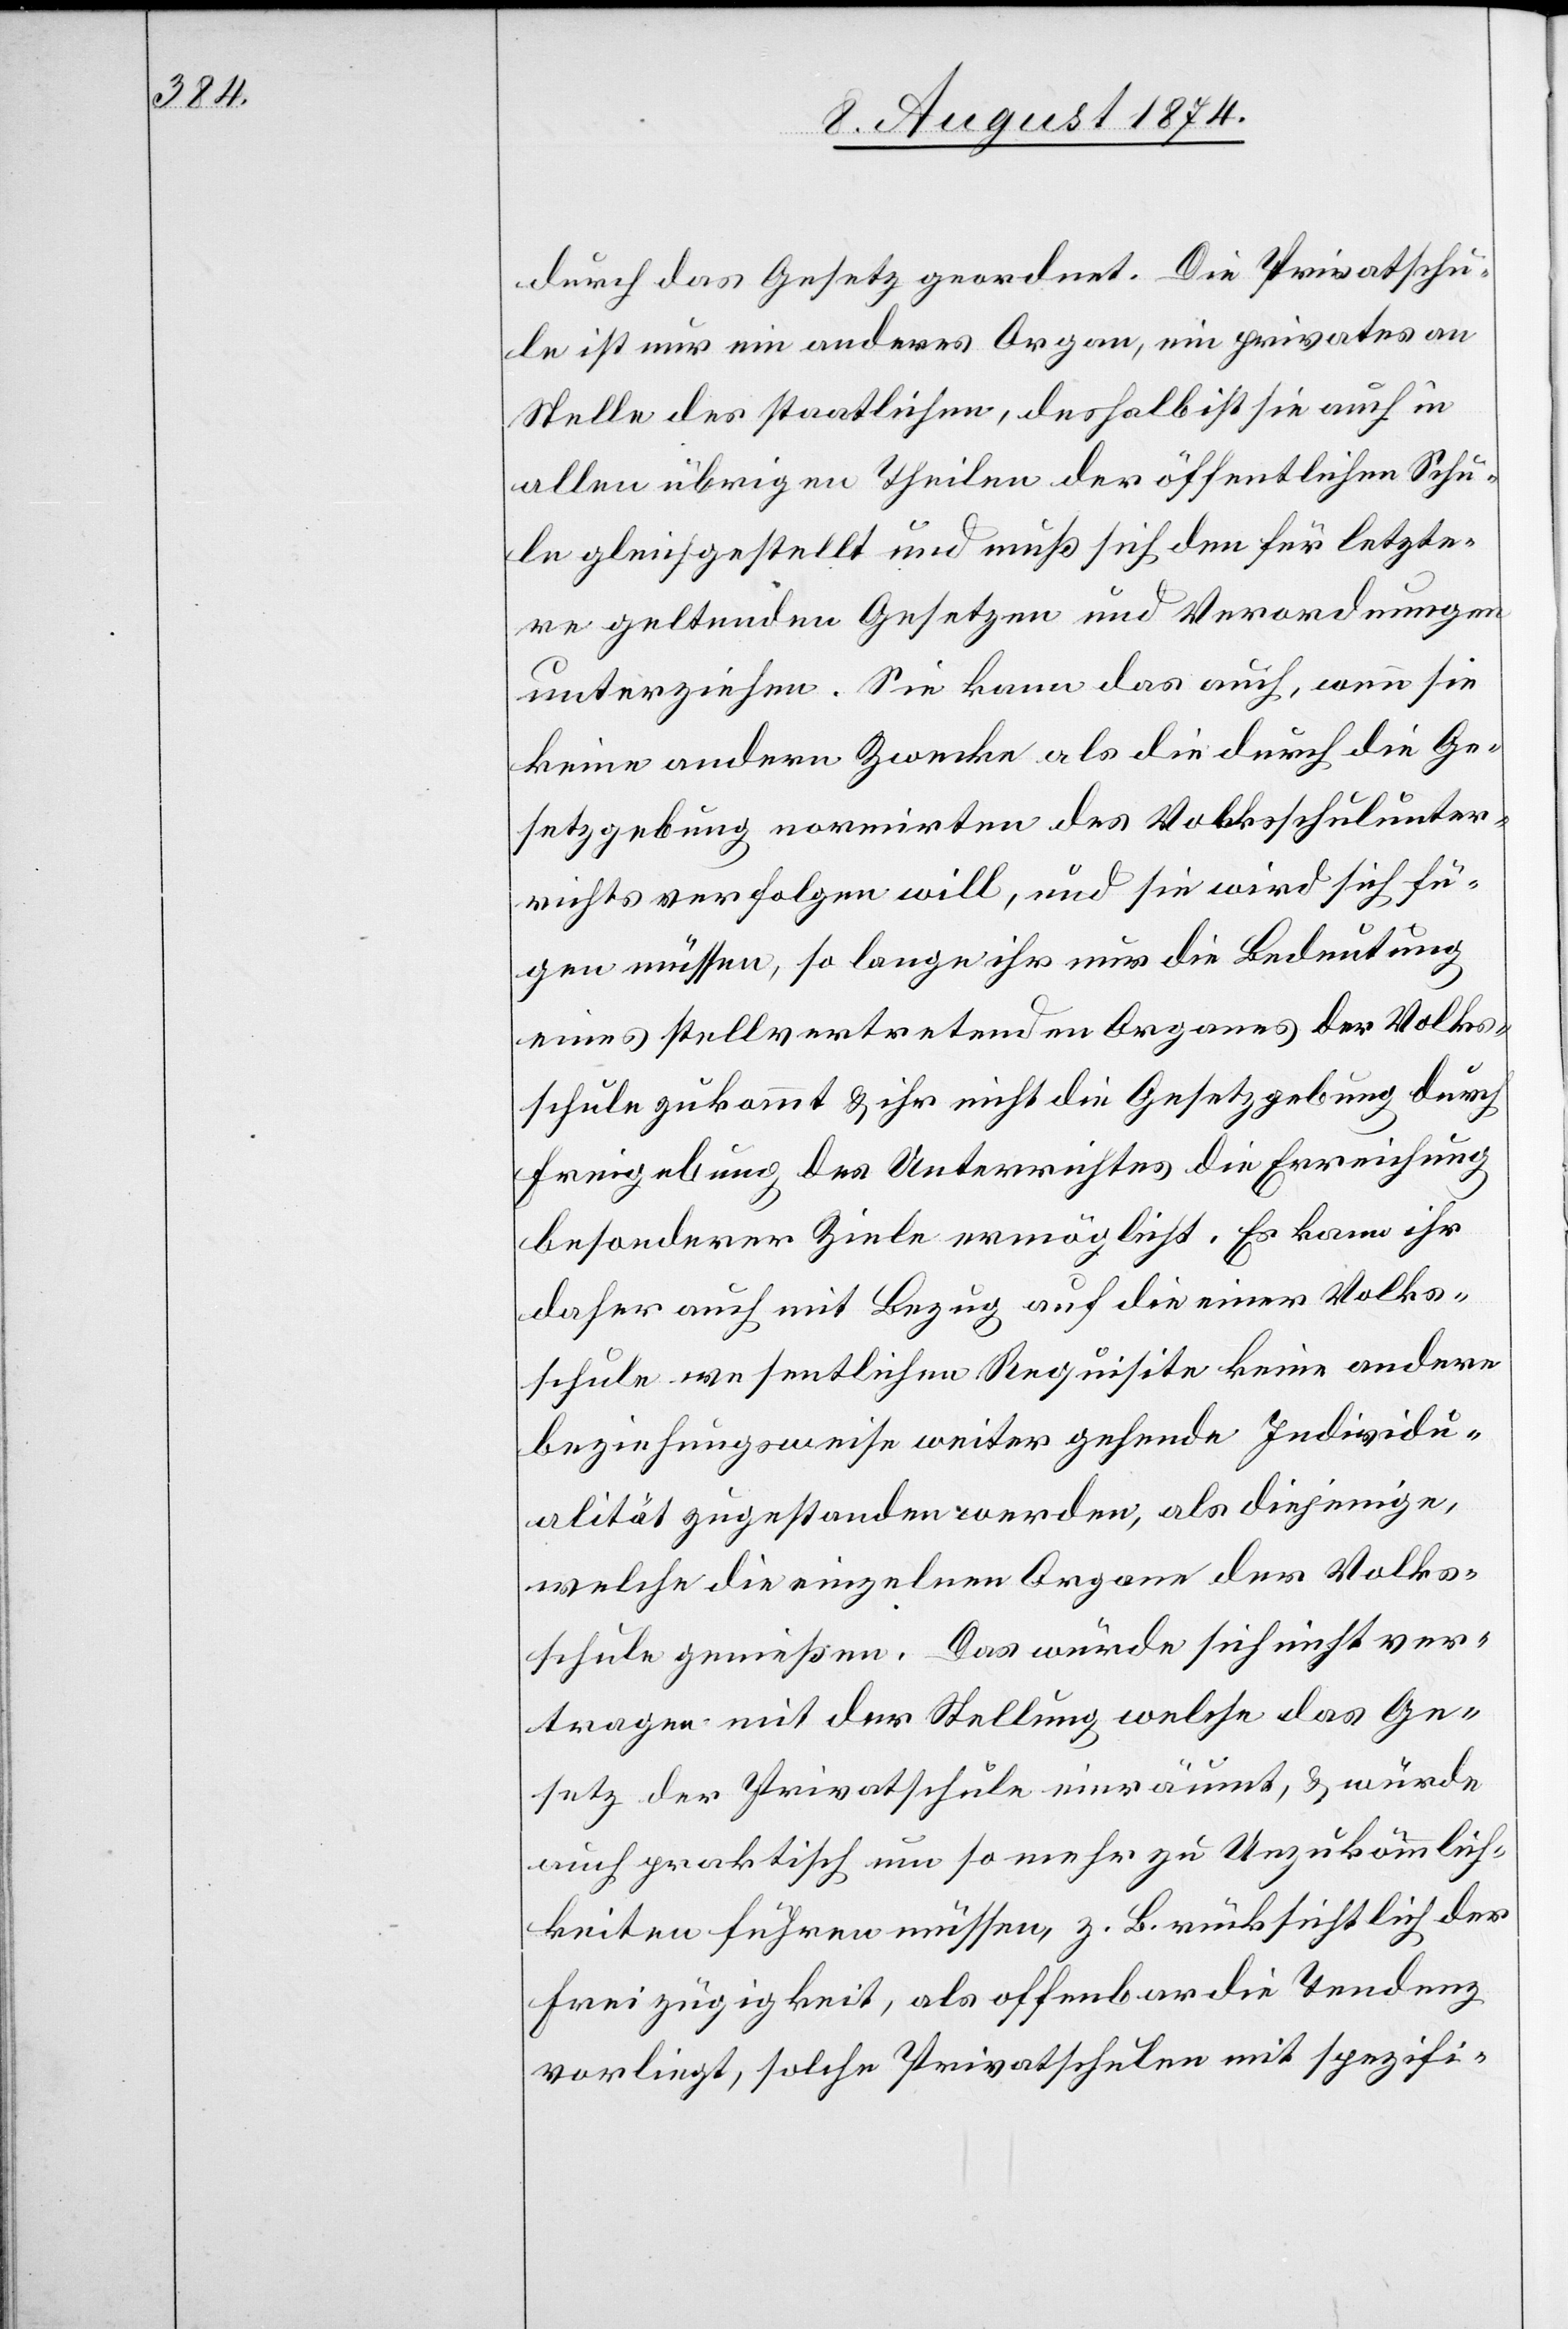
durch das Gesetz geordnet. Die Privatschu¬
le ist nur ein anderes Organ, ein privates an
Stelle des staatlichen, deshalb ist sie auch in
allen übrigen Theilen der öffentlichen Schu¬
le gleichgestellt und muß sich den für letzte¬
re geltenden Gesetzen und Verordnungen
unterziehen. Sie kann das auch, wenn sie
keine andern Zwecke als die durch die Ge¬
setzgebung normirten des Volksschulunter¬
richts verfolgen will, und sie wird sich fü¬
gen müssen, so lange ihr nur die Bedeutung
eines stellvertretenden Organes der Volks¬
schule zukommt u. ihr nicht die Gesetzgebung durch
Freigebung des Unterrichtes die Erreichung
besonderer Ziele ermöglicht. Es kann ihr
daher auch mit Bezug auf die einer Volks¬
schule wesentlichen Requisite keine andere
beziehungsweise weiter gehende Individu¬
alität zugestanden werden, als diejenige,
welche die einzelnen Organe der Volks¬
schule genießen. Das würde sich nicht ver¬
tragen mit der Stellung welche das Ge¬
setz der Privatschule einräumt, u. würde
auch praktisch um so mehr zu Unzukömmlich¬
keiten führen müssen, z. B. rücksichtlich der
Freizügigkeit, als offenbar die Tendenz
vorliegt, solche Privatschulen mit spezifi-